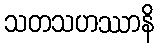
သတသဟဿာနိ